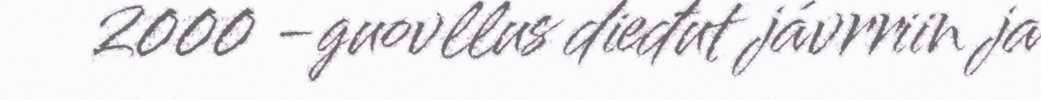
2000 -guovllus dieđut jávrriin ja